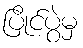
ပြိုင်ပွဲမှ